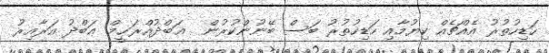
ހަޑިހުތުރު އެއްޗެއް ކިޔުމާއި ހަޑިހުތުރު ބަސް ބޭނުންކުރުން  ޢަބްދުއްރަޙީމް ޢަބްދު އަރާއިރު